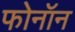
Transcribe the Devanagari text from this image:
फोनॉन